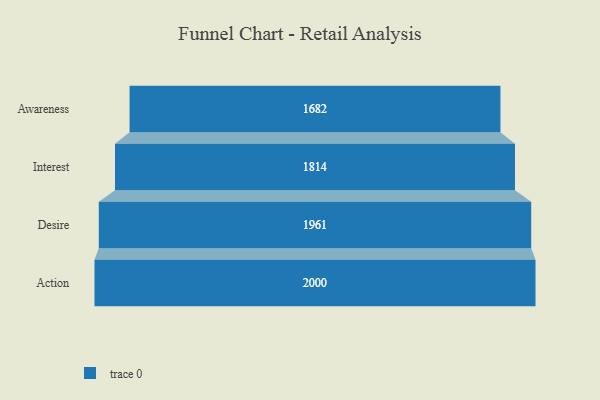
{"axis": {"x": "Stage", "y": "Value"}, "legend": [""], "data": [{"x": "Awareness", "y": 1682.0, "type": ""}, {"x": "Interest", "y": 1814.0, "type": ""}, {"x": "Desire", "y": 1961.0, "type": ""}, {"x": "Action", "y": 2000, "type": ""}]}